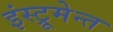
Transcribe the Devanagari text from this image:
इंस्ट्रूमेन्त